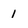
Character: 1